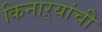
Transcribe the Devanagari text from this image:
किनाऱ्यांची